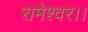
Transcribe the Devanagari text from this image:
रामेश्वर।।